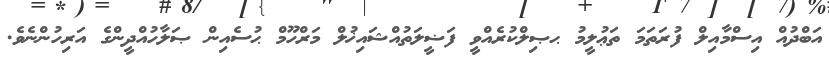
އަބްދުއް އިސްމާއިލް ފުރަތަމަ ތަޢުލީމު ޙޞިލްކުރެއްވީ ފަޟީލަތުއްޝައިޚުލް މަރްހޫމް ޙުސެއިން ޞަލާހުއްދީންގެ އަރިހުންނެވެ.